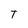
Character: T